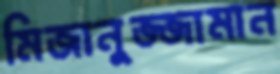
মিজানুজ্জামান